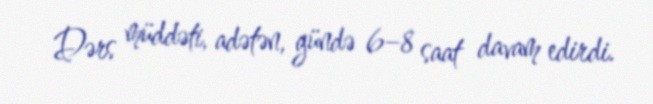
Dərs müddəti, adətən, gündə 6–8 saat davam edirdi.